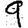
Digit: 9